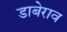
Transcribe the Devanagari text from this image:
डाबेराव